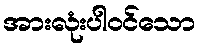
အားလုံးပါဝင်သော